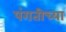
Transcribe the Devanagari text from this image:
पंगतीच्या